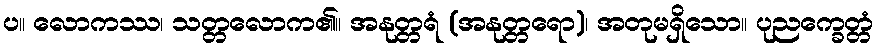
ပ။ လောကဿ၊ သတ္တလောက၏။ အနုတ္တရံ (အနုတ္တရော)၊ အတုမရှိသော။ ပုညက္ခေတ္တံ